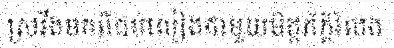
ស្រវឹងមកពីជប់លៀងជាមួយមិត្តភ័ក្តិរំលង